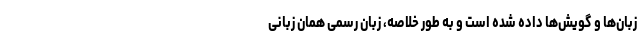
زبان‌ها و گویش‌ها داده شده است و به طور خلاصه، زبان رسمی همان زبانی